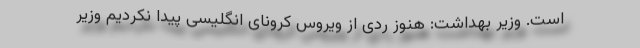
است. وزیر بهداشت: هنوز ردی از ویروس کرونای انگلیسی پیدا نکردیم وزیر